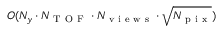
O ( N _ { y } \cdot N _ { \mathrm { ~ T ~ O ~ F ~ } } \cdot N _ { \mathrm { ~ v ~ i ~ e ~ w ~ s ~ } } \cdot \sqrt { N _ { \mathrm { ~ p ~ i ~ x ~ } } } )